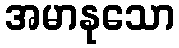
အမာနုသော